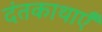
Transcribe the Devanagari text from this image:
दंतकाथाएँ